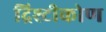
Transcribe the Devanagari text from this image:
द्रिश्टीकोण